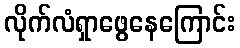
လိုက်လံရှာဖွေနေကြောင်း